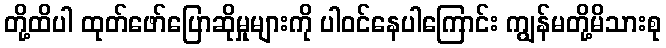
တို့ထိပါ ထုတ်ဖော်ပြောဆိုမှုများကို ပါဝင်နေပါကြောင်း ကျွန်မတို့မိသားစု